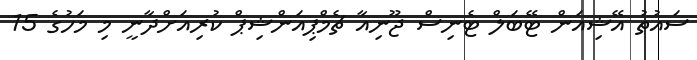
ސައުތު އޭޝިއަން ޓޭބަލް ޓެނިސް ޖޫނިއާ ޗެމްޕިއަންޝިޕް ކުރިއަށްދާނީ މި މަހުގެ 15